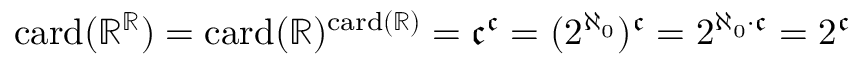
\mathrm { c a r d } ( \mathbb { R } ^ { \mathbb { R } } ) = \mathrm { c a r d } ( \mathbb { R } ) ^ { \mathrm { c a r d } ( \mathbb { R } ) } = { \mathfrak { c } } ^ { \mathfrak { c } } = ( 2 ^ { \aleph _ { 0 } } ) ^ { \mathfrak { c } } = 2 ^ { \aleph _ { 0 } \cdot { \mathfrak { c } } } = 2 ^ { \mathfrak { c } }